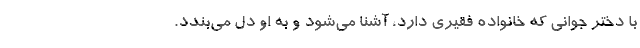
با دختر جواني که خانواده فقيري دارد، آشنا مي‌شود و به او دل مي‌بندد.